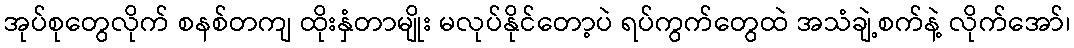
အုပ်စုတွေလိုက် စနစ်တကျ ထိုးနှံတာမျိုး မလုပ်နိုင်တော့ပဲ ရပ်ကွက်တွေထဲ အသံချဲ့စက်နဲ့ လိုက်အော်၊